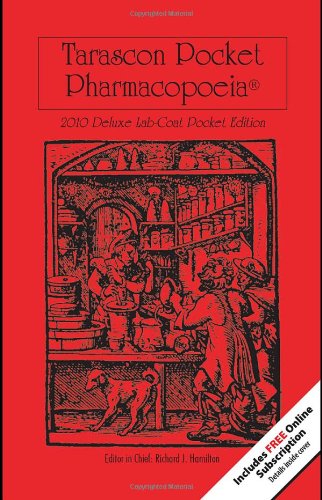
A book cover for Tarascon Pocket Pharmacopoeia 2010 Deluxe Lab-Coat Edition (Tarascon Pocket Pharmacopoeia: Deluxe Lab-Coat Pocket); MD, FAAEM, FACMT, FACEP, Editor in Chief, Richard J. Hamilton; Medical Books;